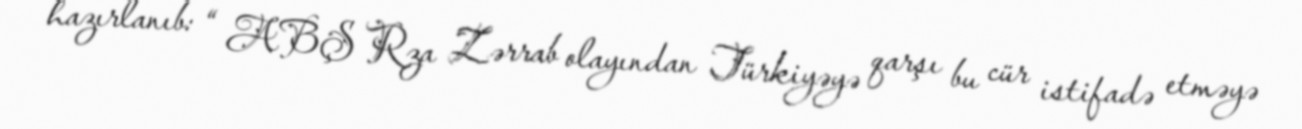
hazırlanıb: “ ABŞ Rza Zərrab olayından Türkiyəyə qarşı bu cür istifadə etməyə